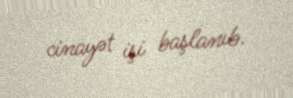
cinayət işi başlanıb.